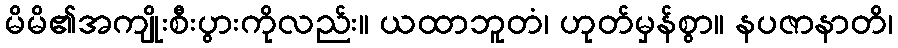
မိမိ၏အကျိုးစီးပွားကိုလည်း။ ယထာဘူတံ၊ ဟုတ်မှန်စွာ။ နပဇာနာတိ၊